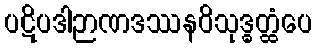
ပဋိပဒါဉာဏဒဿနဝိသုဒ္ဓတ္ထံပေ